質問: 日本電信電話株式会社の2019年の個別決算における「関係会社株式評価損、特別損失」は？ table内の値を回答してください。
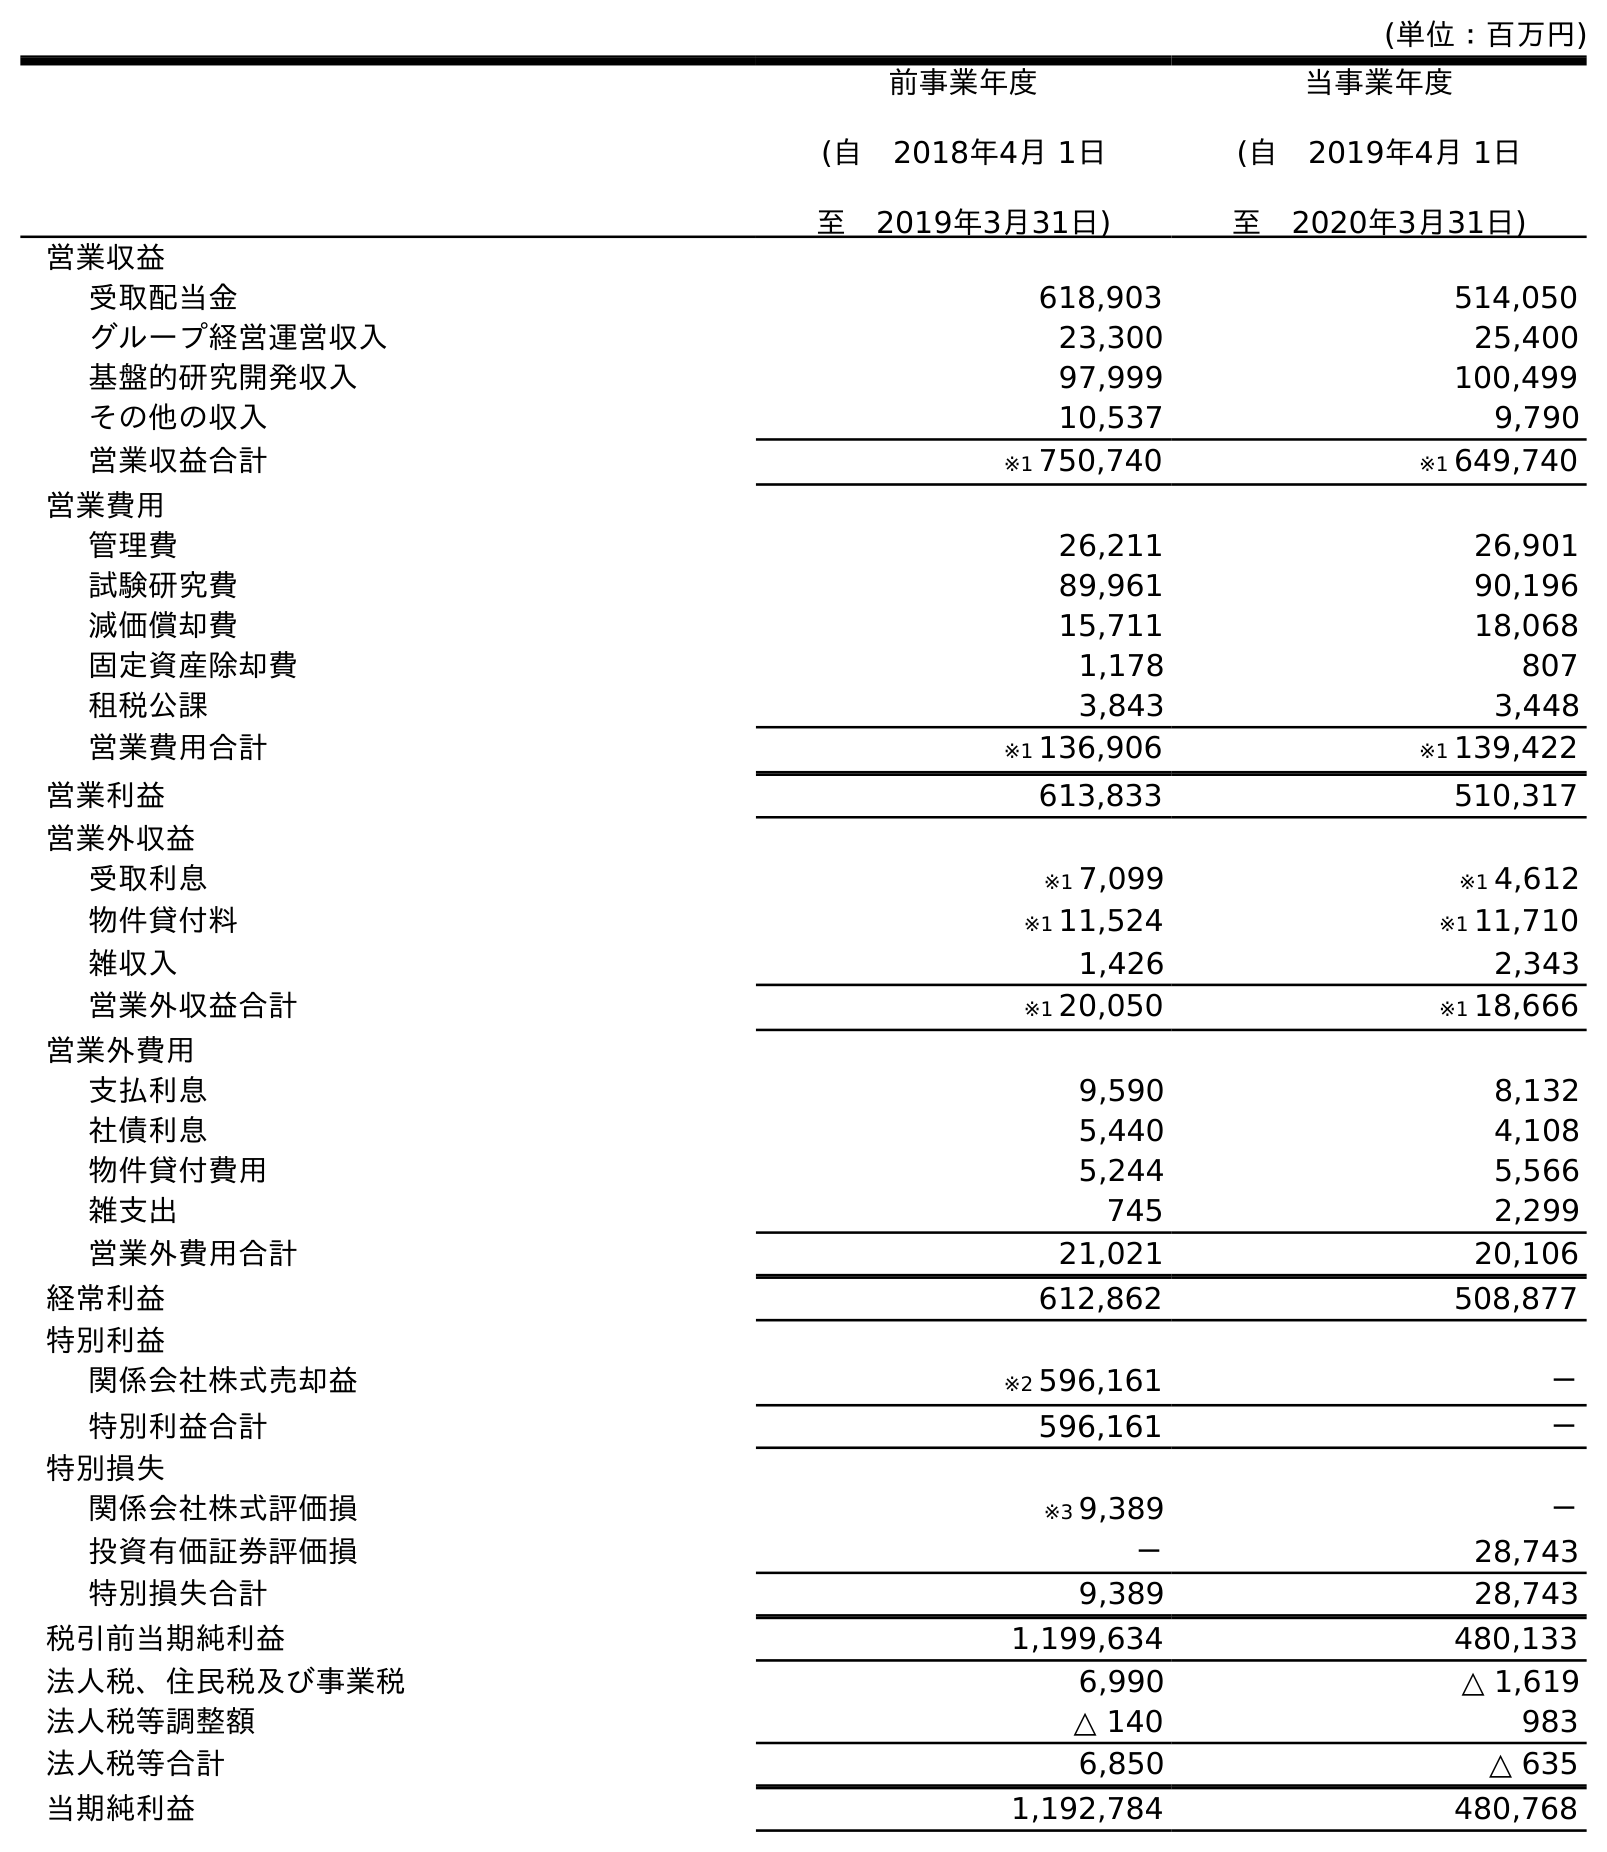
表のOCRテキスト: (単位：百万円) 前事業年度 (自 2018年4月 1日 至 2019年3月31日) 当事業年度 (自 2019年4月 1日 至 2020年3月31日) 営業収益 受取配当金 618,903 514,050 グループ経営運営収入 23,300 25,400 基盤的研究開発収入 97,999 100,499 その他の収入 10,537 9,790 営業収益合計 ※1 750,740 ※1 649,740 営業費用 管理費 26,211 26,901 試験研究費 89,961 90,196 減価償却費 15,711 18,068 固定資産除却費 1,178 807 租税公課 3,843 3,448 営業費用合計 ※1 136,906 ※1 139,422 営業利益 613,833 510,317 営業外収益 受取利息 ※1 7,099 ※1 4,612 物件貸付料 ※1 11,524 ※1 11,710 雑収入 1,426 2,343 営業外収益合計 ※1 20,050 ※1 18,666 営業外費用 支払利息 9,590 8,132 社債利息 5,440 4,108 物件貸付費用 5,244 5,566 雑支出 745 2,299 営業外費用合計 21,021 20,106 経常利益 612,862 508,877 特別利益 関係会社株式売却益 ※2 596,161 － 特別利益合計 596,161 － 特別損失 関係会社株式評価損 ※3 9,389 － 投資有価証券評価損 － 28,743 特別損失合計 9,389 28,743 税引前当期純利益 1,199,634 480,133 法人税、住民税及び事業税 6,990 △ 1,619 法人税等調整額 △ 140 983 法人税等合計 6,850 △ 635 当期純利益 1,192,784 480,768
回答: ※39,389